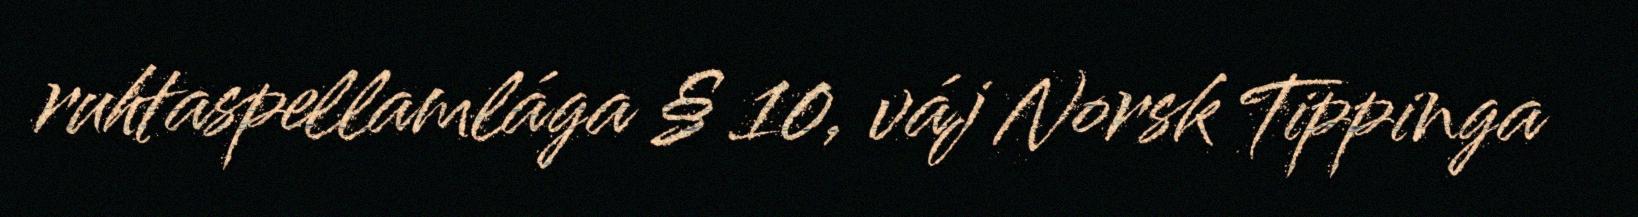
ruhtaspellamlága § 10, váj Norsk Tippinga